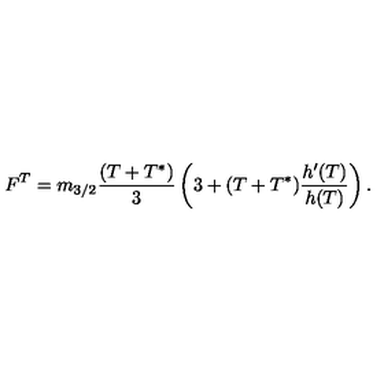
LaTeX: F ^ { T } = m _ { 3 / 2 } \frac { ( T + T ^ { * } ) } { 3 } \left( 3 + ( T + T ^ { * } ) \frac { h ^ { \prime } ( T ) } { h ( T ) } \right) .